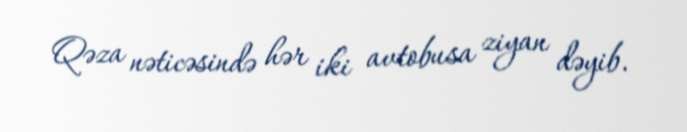
Qəza nəticəsində hər iki avtobusa ziyan dəyib.